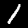
Digit: 1